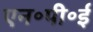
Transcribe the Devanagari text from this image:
एन॰पी॰ई